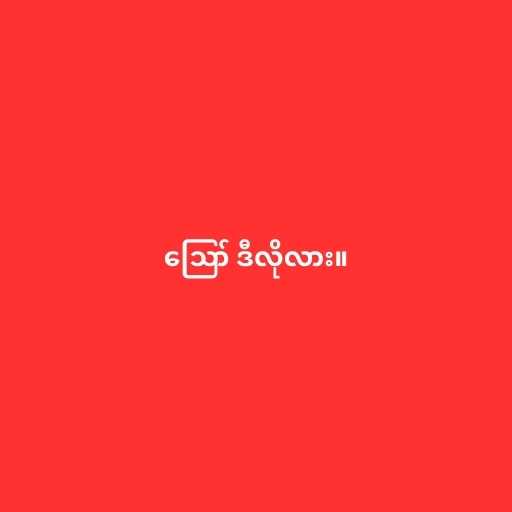
ဪ ဒီလိုလား။